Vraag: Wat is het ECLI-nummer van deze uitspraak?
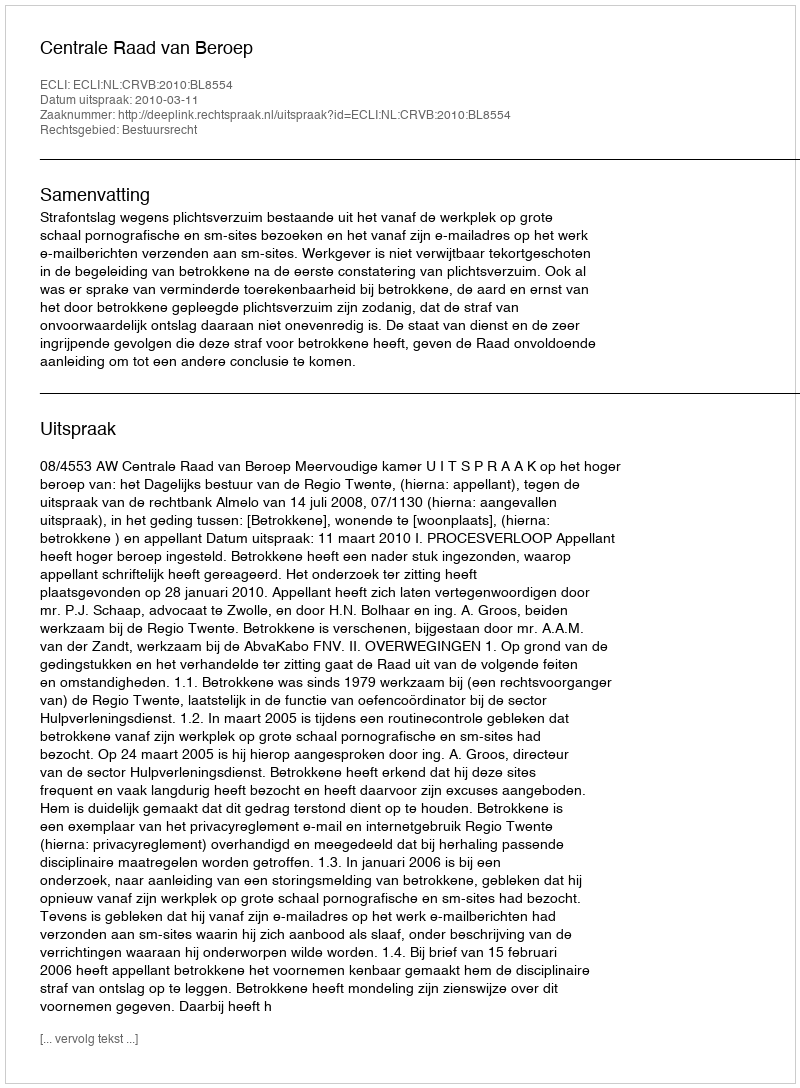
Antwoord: ECLI:NL:CRVB:2010:BL8554